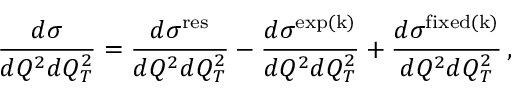
{ \frac { d \sigma } { d Q ^ { 2 } d Q _ { T } ^ { 2 } } } = { \frac { d \sigma ^ { \mathrm { r e s } } } { d Q ^ { 2 } d Q _ { T } ^ { 2 } } } - { \frac { d \sigma ^ { \mathrm { e x p ( k ) } } } { d Q ^ { 2 } d Q _ { T } ^ { 2 } } } + { \frac { d \sigma ^ { \mathrm { f i x e d ( k ) } } } { d Q ^ { 2 } d Q _ { T } ^ { 2 } } } \, ,